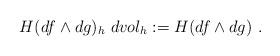
LaTeX: \begin{align*} H(df\wedge dg)_h\ dvol_h:=H(df\wedge dg)\ .\end{align*}